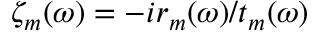
\zeta _ { m } ( \omega ) = - i r _ { m } ( \omega ) / t _ { m } ( \omega )